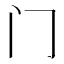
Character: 门